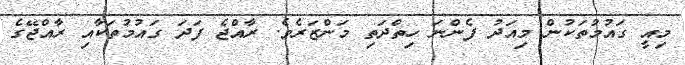
މިއީ ގައުމުތަކުން މިއަދު ފެންނަ ހިތްދަތި މަންޒަރެވެ. ރާއްޖެ ފަދަ ގައުމުތަކާއި ރާއްޖޭގެ